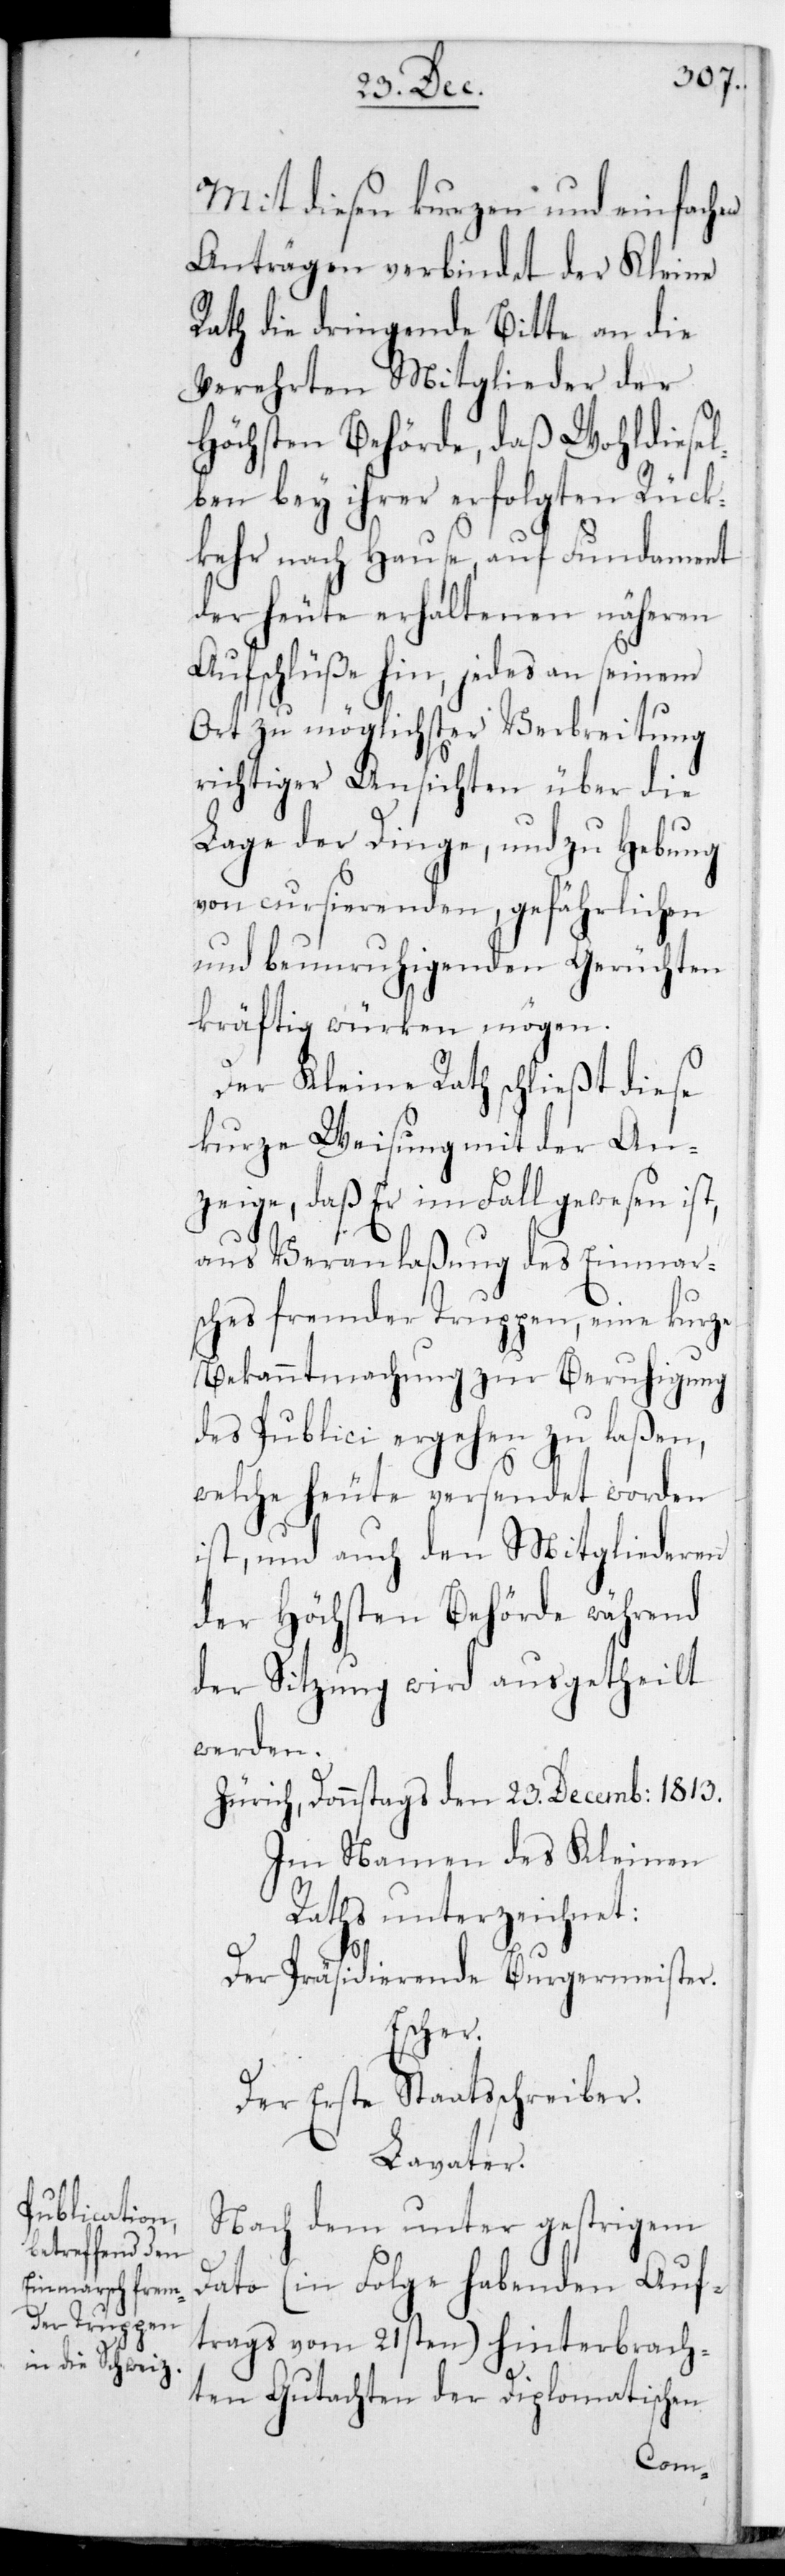
Mit diesen kurzen und einfachen
Anträgen verbindet der Kleine
Rath die dringende Bitte an die
verehrten Mitglieder der
Höchsten Behörde, daß Wohldiesel¬
ben bey ihrer erfolgten Rück¬
kehr nach Hause auf Fundament
der heute erhaltenen näheren
Aufschlüße hin, jedes an seinem
Ort zu möglichster Verbreitung
richtiger Ansichten über die
Lage der Dinge, und zu Hebung
von cursierenden gefährlichen
und beunruhigenden Gerüchten
kräftig würken mögen.
Der Kleine Rath schließt diese
kurze Weisung mit der An¬
zeige, daß er im Fall gewesen ist,
aus Veranlaßung des Einmar¬
sches fremder Truppen, eine kurze
Bekanntmachung zur Beruhigung
des Publici ergehen zu laßen,
welche heute versendet worden
ist, und auch den Mitgliederen
der höchsten Behörde während
der Sitzung wird ausgetheilt
werden.
Zürich, Donnstags den 23sten Decembris 1813.
Im Namen des Kleinen
Raths unterzeichnet:
Der Präsidierende Burgermeister.
Escher.
Der erste Staatsschreiber.
Lavater.
Nach dem unter gestrigem
Dato (in Folge habenden Auf¬
trags vom 21sten) hinterbrach¬
ten Gutachten der Diplomatischen